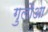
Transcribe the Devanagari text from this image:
गुलौआ